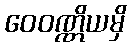
ဝေဝဏ္ဏိယမှိ